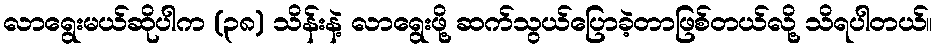
လာရွေးမယ်ဆိုပါက (၃၈) သိန်းနဲ့ လာရွေးဖို့ ဆက်သွယ်ပြောခဲ့တာဖြစ်တယ်လို့ သိရပါတယ်။